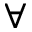
\forall